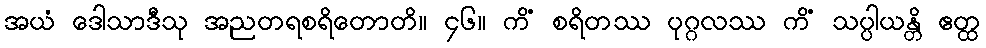
အယံ ဒေါသာဒီသု အညတရစရိတောတိ။ ၄၆။ ကိံ စရိတဿ ပုဂ္ဂလဿ ကိံ သပ္ပါယန္တိ ဧတ္ထ